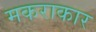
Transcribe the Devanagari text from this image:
मकराकार